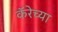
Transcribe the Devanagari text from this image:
कॅरेच्या